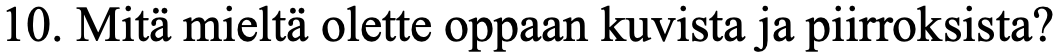
10. Mitä mieltä olette oppaan kuvista ja piirroksista?